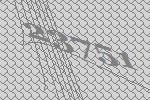
23751